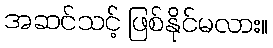
အဆင်သင့် ဖြစ်နိုင်မလား။